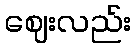
ဈေးလည်း